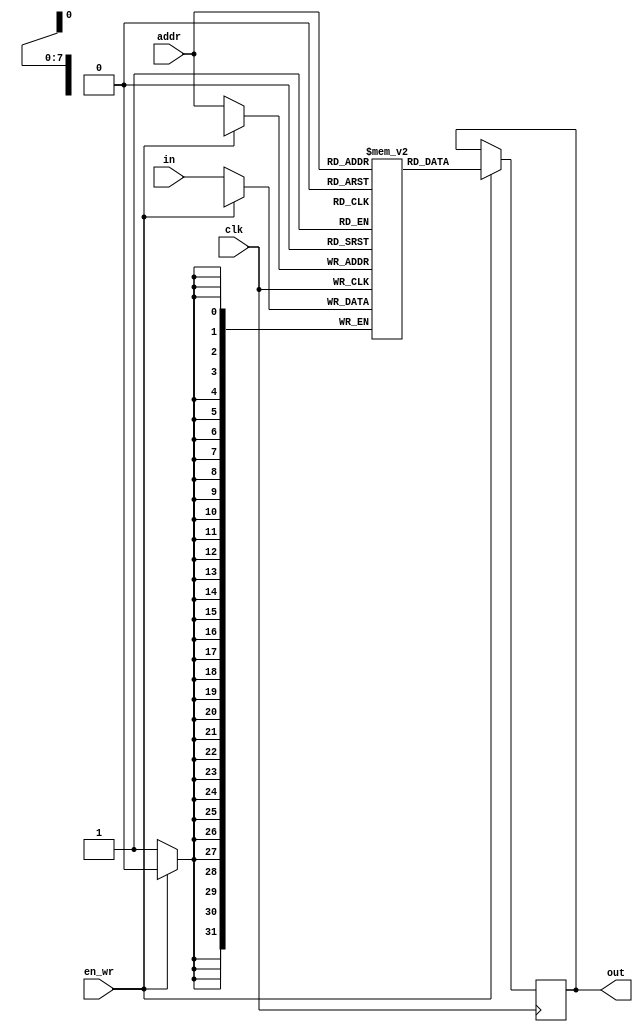
module dsram (addr,clk,en_wr,in,out);
parameter numAddr = 8;
parameter numWords = 256;
parameter wordLength = 32;

input 				clk;
input 				en_wr;

input 	[numAddr-1:0] 		addr;
input 	[wordLength-1:0] 	in;
output 	[wordLength-1:0] 	out;

reg   [wordLength-1:0]   	memory[numWords-1:0];
reg  	[wordLength-1:0]	data_out1;
reg 	[wordLength-1:0] 	out;


always @ (posedge clk) 
	if (en_wr)
		data_out1 <= memory[addr];
	else 
		memory[addr] <= in;
		

always @ (data_out1)begin
		out = data_out1;
end
endmodule